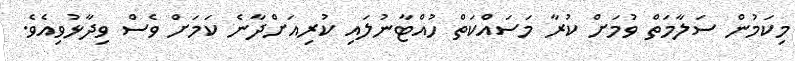
މިކަމުން ސަލާމަތް ވުމަށް ކުރާ މަސައްކަތް ހުއްޓާނުލައި ކުރިއަށްދާނެ ކަަމަށް ވެސް ވިދާޅުވިއެވެ.